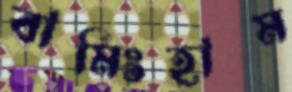
বামিংহাম